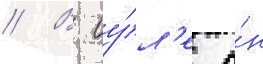
// В иу́л'е о́н